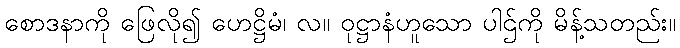
စောဒနာကို ဖြေလို၍ ဟေဋ္ဌိမံ၊ လ။ ဝုဋ္ဌာနံဟူသော ပါဌ်ကို မိန့်သတည်း။